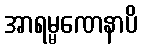
အာရမ္မဏေနာပိ